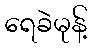
ရေခဲမုန့်